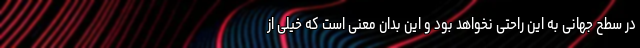
در سطح جهانی به این راحتی نخواهد بود و این بدان معنی است که خیلی از